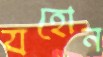
যহোন